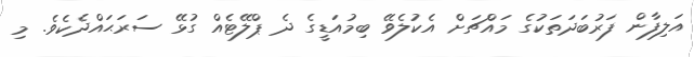
އަލިފާން ފަރުބަދަތަކުގެ މައްޗަށް އެކުލެވޭ ބިމުއަޑީގެ ދެ ޕްލޭޓެއް ގުޅޭ ސަރަޙައްދެކެވެ. މި